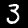
Digit: 3